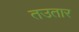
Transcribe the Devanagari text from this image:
तउतार